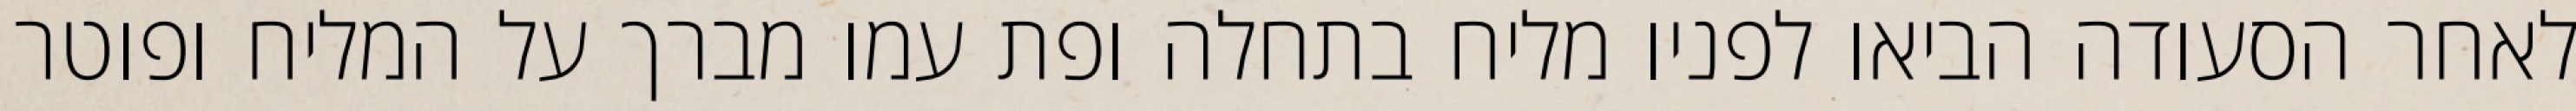
לאחר הסעודה הביאו לפניו מליח בתחלה ופת עמו מברך על המליח ופוטר